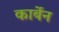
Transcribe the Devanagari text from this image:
कार्बेन